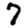
Digit: 7